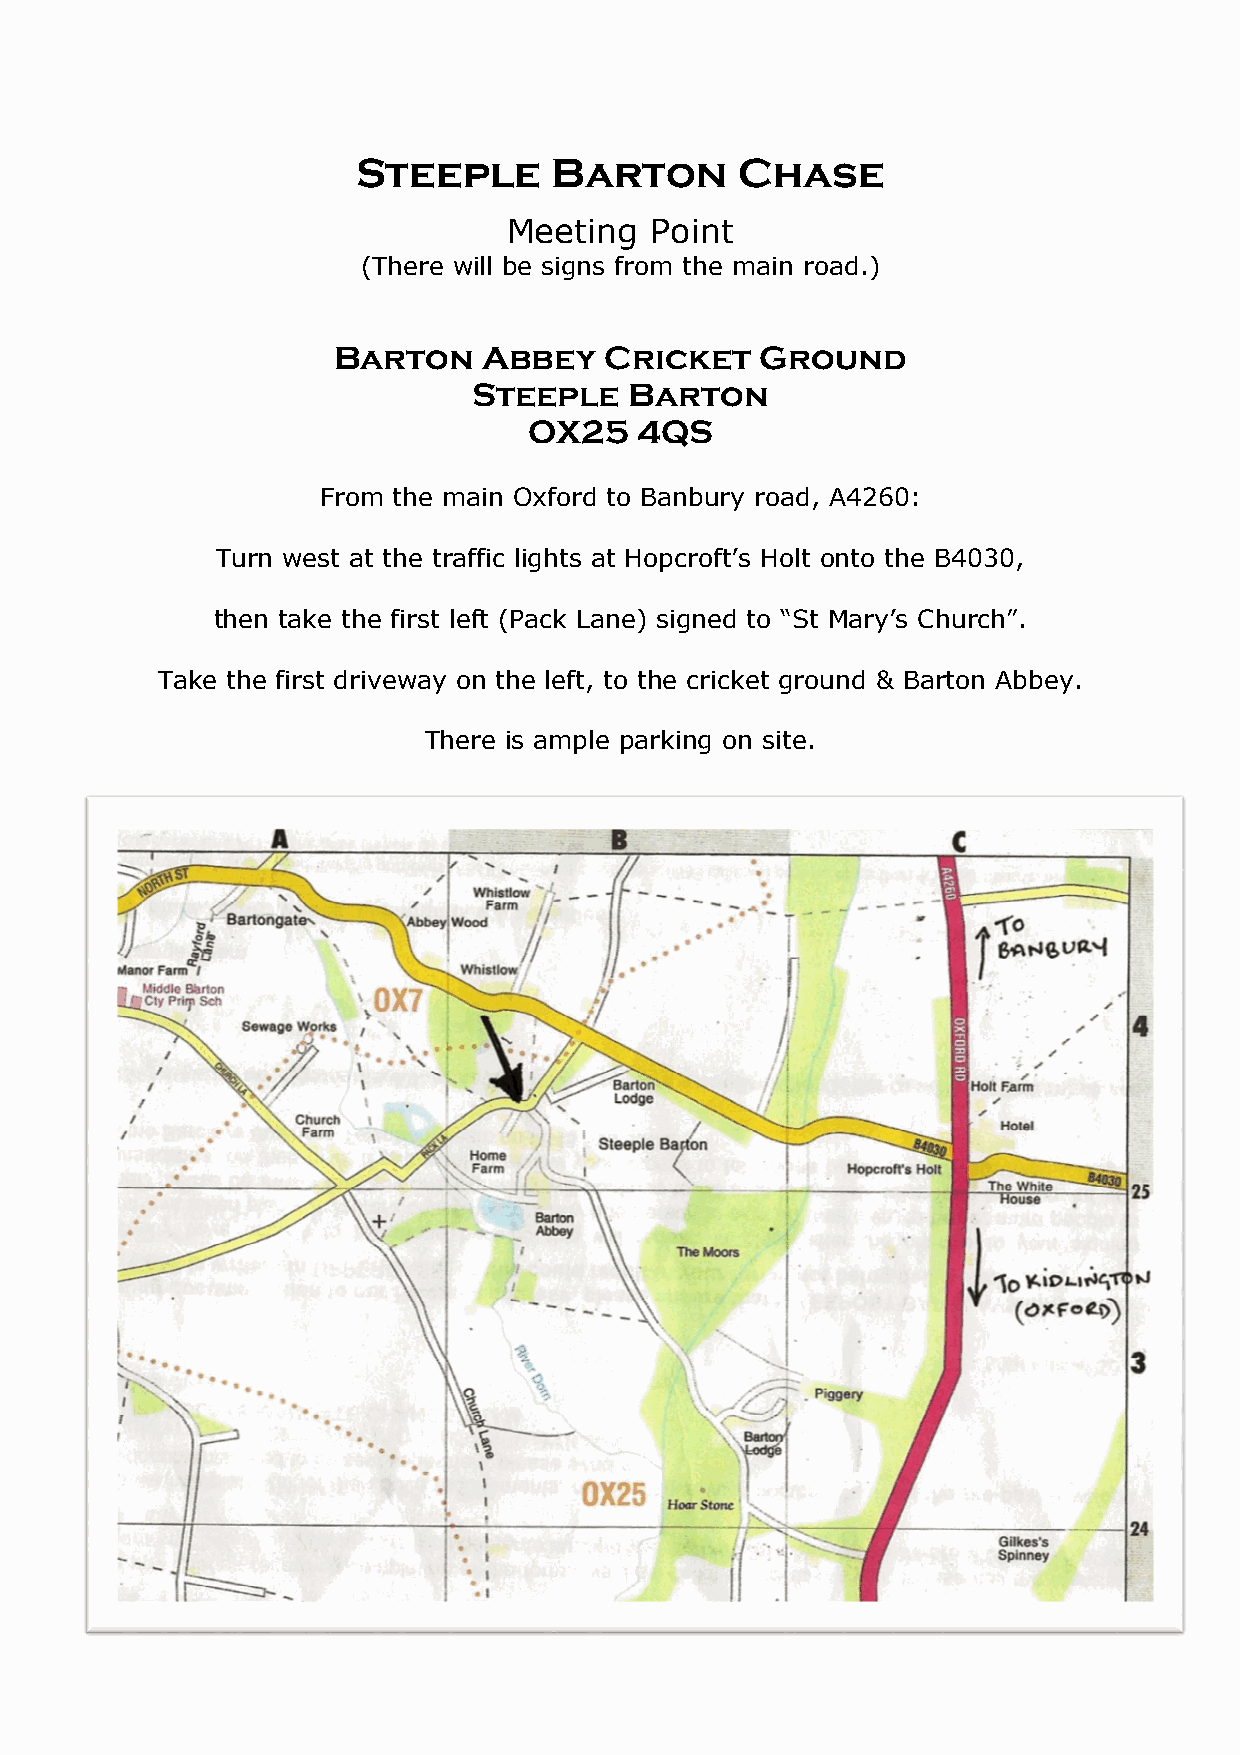
Steeple      Barton      Chase
 Meeting  Point
 (There will be signs from the main road.)
 Barton    Abbey   Cricket   Ground
 Steeple    Barton
 OX25   4QS
 From the main Oxford to Banbury road, A4260:
 Turn west at the traffic lights at Hopcroft’s Holt onto the B4030,
 then take the first left (Pack Lane) signed to “St Mary’s Church”.
 Take the first driveway on the left, to the cricket ground & Barton Abbey.
 There is ample parking on site.